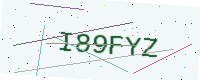
Text: I89FYZ